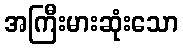
အကြီးမားဆုံးသော